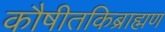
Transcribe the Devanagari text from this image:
कौषीतकिब्राह्मण